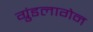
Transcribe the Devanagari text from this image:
ग्रुंडलागेन